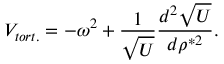
V _ { t o r t . } = - \omega ^ { 2 } + \frac { 1 } { \sqrt U } \frac { d ^ { 2 } \sqrt U } { d \rho ^ { * 2 } } .